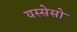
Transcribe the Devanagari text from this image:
यस्सेसो